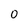
Character: 0